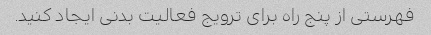
فهرستی از پنج راه برای ترویج فعالیت بدنی ایجاد کنید.